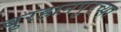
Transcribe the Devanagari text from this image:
बुरहानपुरच्या